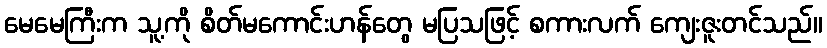
မေမေကြီးက သူ့ကို စိတ်မကောင်းဟန်တွေ မပြသဖြင့် စကားလက် ကျေးဇူးတင်သည်။